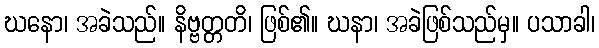
ဃနော၊ အခဲသည်။ နိဗ္ဗတ္တတိ၊ ဖြစ်၏။ ဃနာ၊ အခဲဖြစ်သည်မှ။ ပသာခါ၊